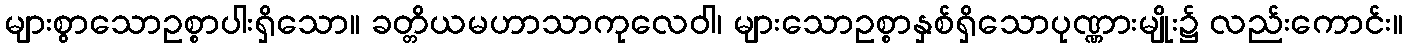
များစွာသောဥစ္စာပါးရှိသော။ ခတ္တိယမဟာသာကုလေဝါ၊ များသောဥစ္စာနှစ်ရှိသောပုဏ္ဏားမျိုး၌ လည်းကောင်း။